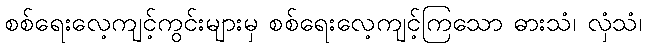
စစ်ရေးလေ့ကျင့်ကွင်းများမှ စစ်ရေးလေ့ကျင့်ကြသော ဓားသံ၊ လှံသံ၊